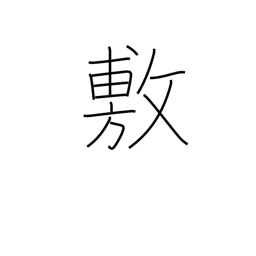
Meaning: promulgate